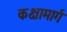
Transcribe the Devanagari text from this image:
कक्षामार्ग